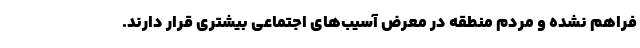
فراهم نشده و مردم منطقه در معرض آسیب‌های اجتماعی بیشتری قرار دارند.